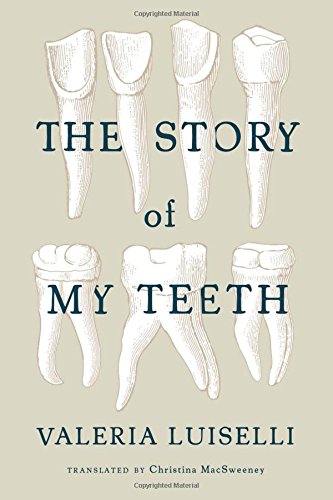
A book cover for The Story of My Teeth; Valeria Luiselli; Literature & Fiction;